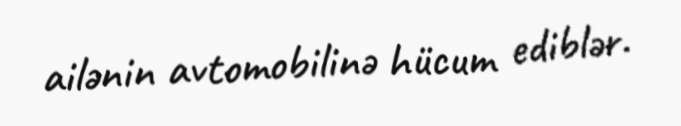
ailənin avtomobilinə hücum ediblər.